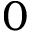
0